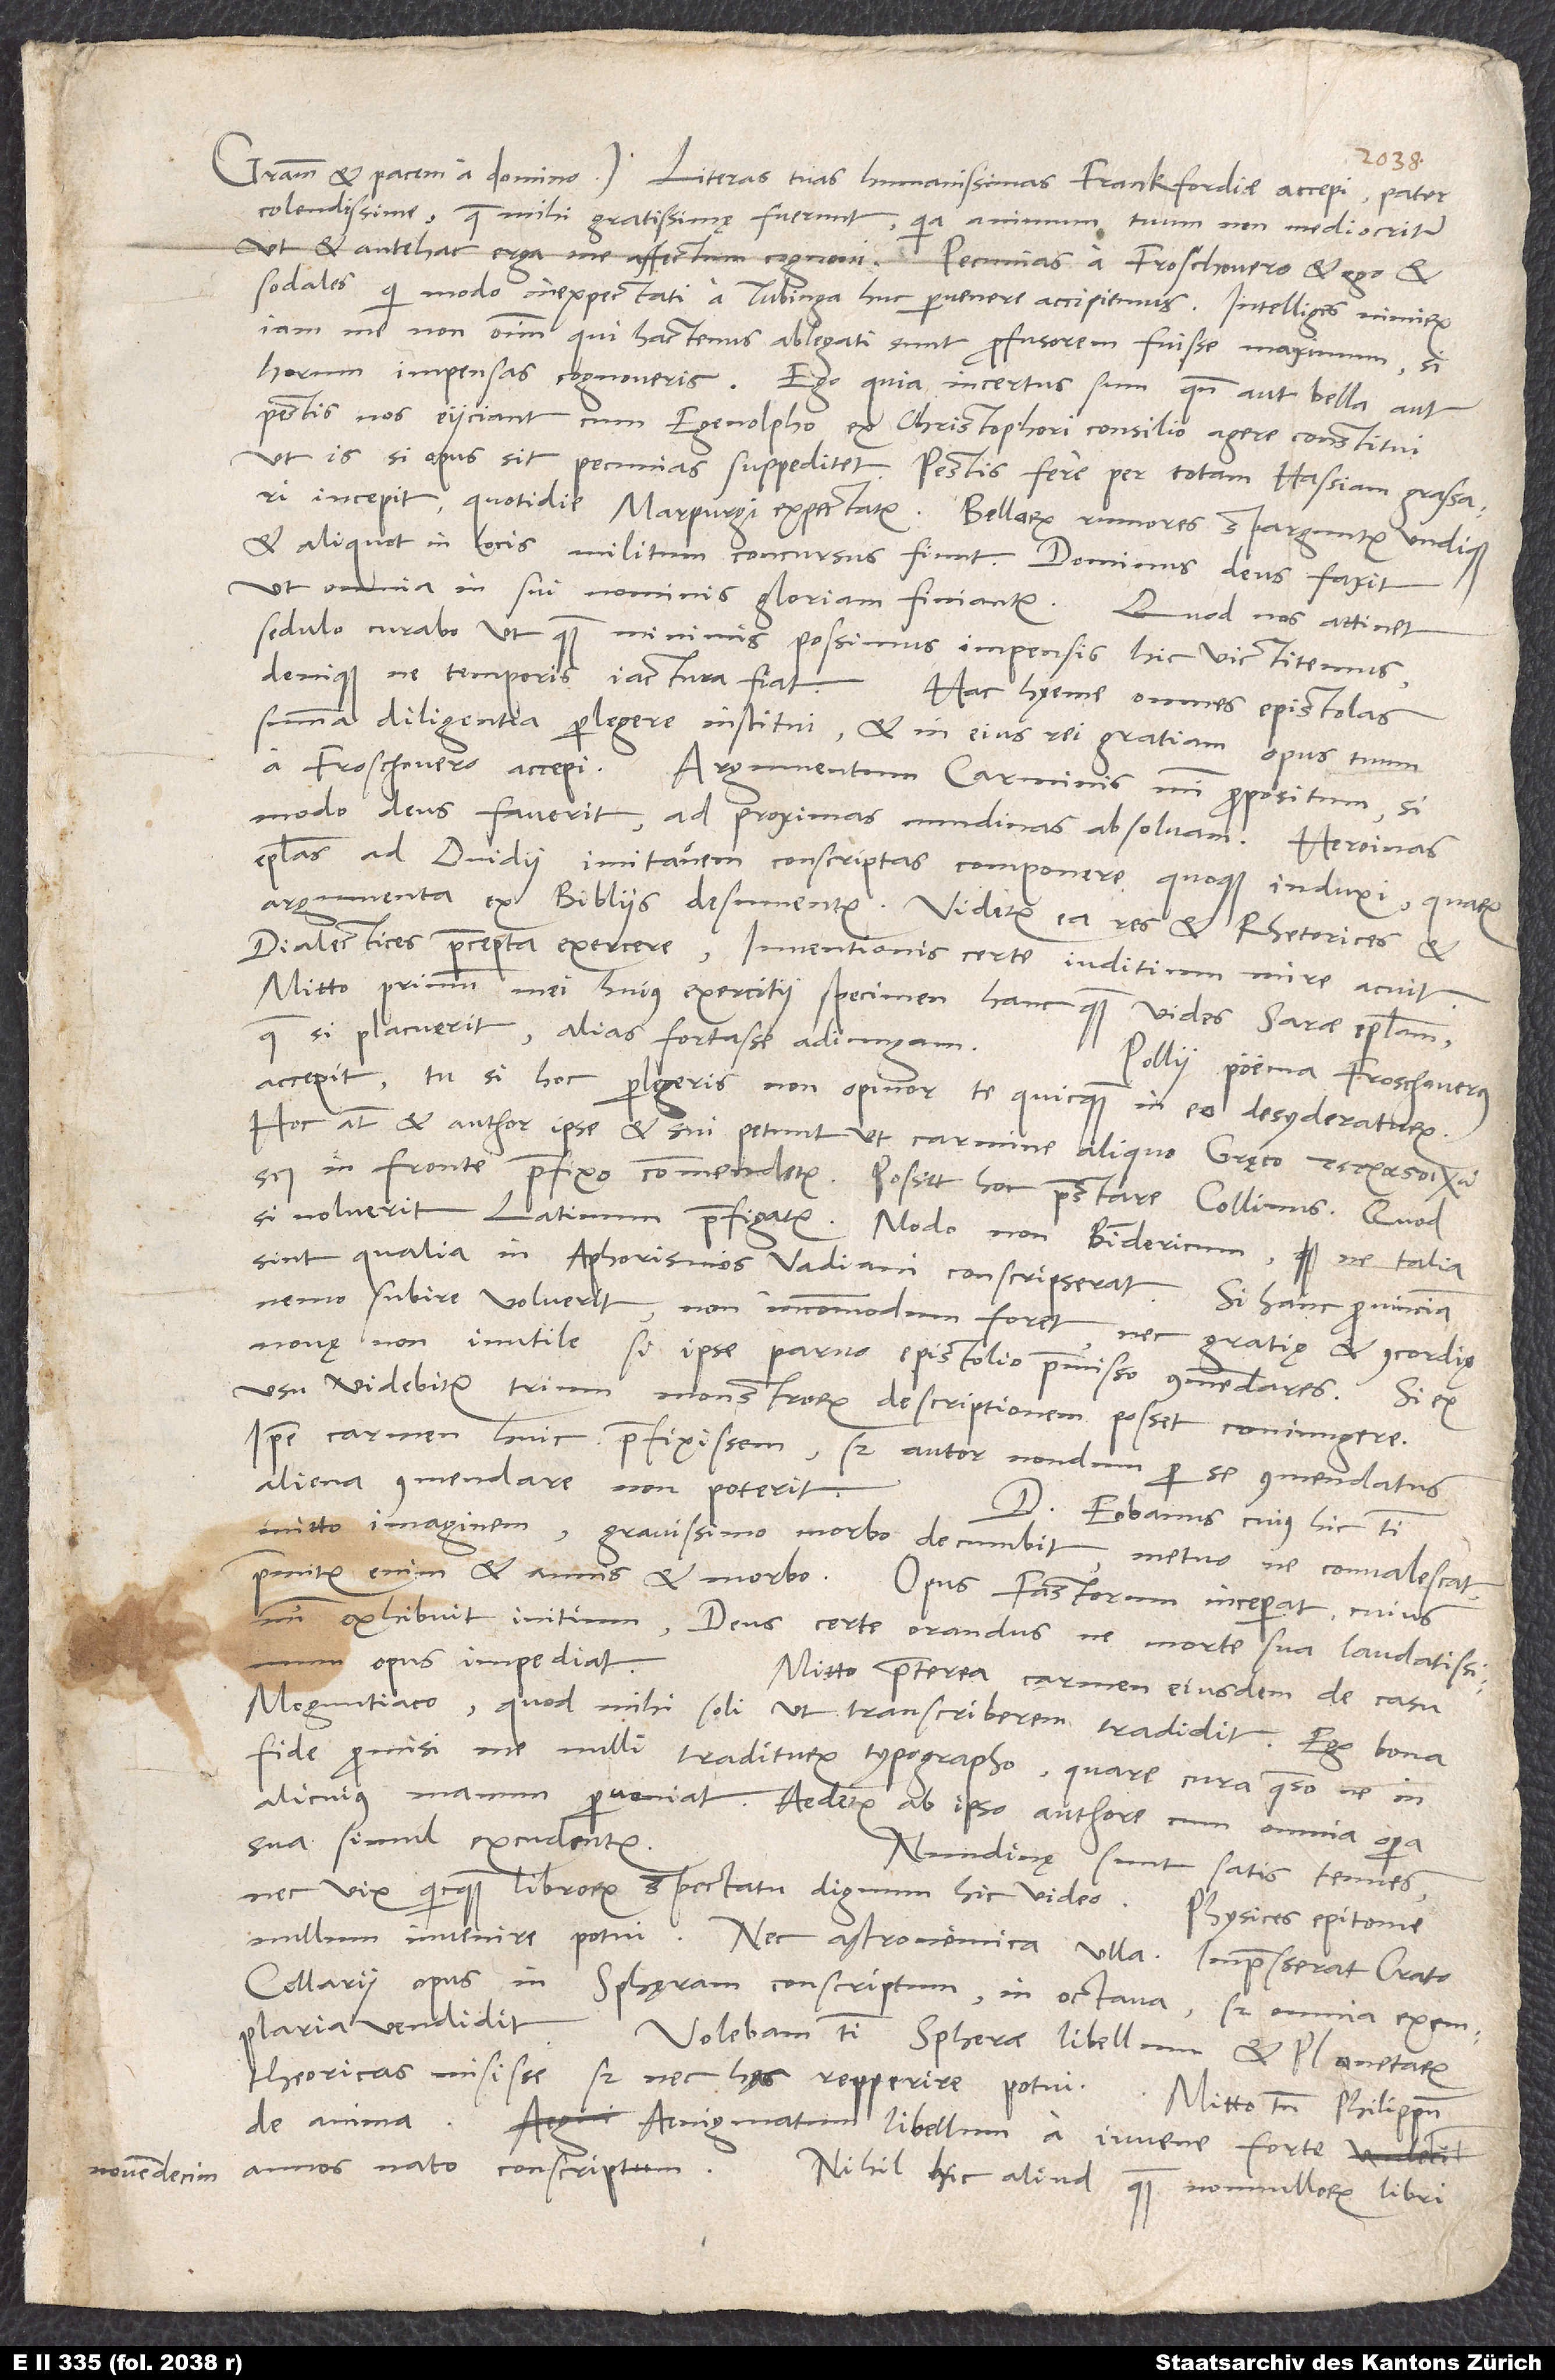
novemdecim

colendissime, quae mihi gratissimę fuerunt, quia animum tuum non mediocriter
ut et antehac erga me affectum cognovi. Pecunias a Froschouero et ego et
sodales, qui modo inexpectati a Tubinga huc pervenere, accipiemus. Intelliges nimirum
iam me non omnium, qui hactenus ablegati sunt, profusorem fuisse maximum, si
horum impensas cognoveris. Ego quia incertus sum, quando aut bella aut
pestis nos eiiciant, cum Egenolpho ex Christophori consilio agere constitui,
ut is, si opus sit, pecunias suppeditet. Pestis fere per totam Hassiam grassari
incepit; quotidie Marpurgi expectatur. Bellorum rumores sparguntur undique,
et aliquot in locis militum concursus fiunt. Dominus deus faxit,
ut omnia in sui nominis gloriam finiantur. Quod nos attinet,
sedulo curabo, ut quam minimis possimus impensis hic victitemus,
summa diligentia perlegere institui et in eius rei gratiam opus tuum
modo deus faverit, ad proximas nundinas absolvam. Heroinas
epistolas ad Ovidii imitationem conscriptas componere quoque induxi, quarum
dialectices praecepta exercere; inventionis certe iuditium mire acuit.
Mitto primum mei huius exercitii specimen hanc, quam vides, Sarae epistolam,
quae si placuerit, alias fortasse adiungam.
Pollii poema Froschouerus
accepit; tu si hoc perlegeris, non opinor te quicquam in eo desyderaturum.
Hoc autem et author ipse et sui petunt, ut carmine aliquo Gręco
si noluerit, Latinum praefigatur; modo non Bindericum, ne talia
sint, qualia in Aphorismos Vadiani conscripserat. Si hanc provinciam
nemo subire voluerit, non incommodum foret nec gratię et concordię
novę non inutile, si ipse parvo epistolio praemisso commendares.
usu videbitur, trium monstrorum descriptionem posset coniungere.
Ipse carmen huic praefixissem, sed autor nondum per se commendatus
aliena commendare non poterit.
D Eobanus, cuius hic tibi
mitto imaginem, gravissimo morbo decumbit. Metuo, ne convalescat;
premitur enim et annis et morbo. Opus Fastorum inceperat, cuius
exhibuit initium. Deus certe orandus, ne morte sua laudatissimum
opus impediat.
Mitto praeterea carmen eiusdem de casu
Moguntiaco, quod mihi soli, ut transcriberem, tradidit. Ego bona
fide promisi me nulli traditurum typographo; quare cura, quaeso, ne in
alicuius manum perveniat. Aedetur ab ipso authore, cum omnia opera
sua simul excudentur.
Nundinę sunt satis tenues,
nec vix quicquam librorum spectatu dignum hic video. Physices epitome
Cellarii opus in sphęram conscriptum in octava, sed omnia exemplaria
vendidit. Volebam tibi spherae libellum et planetarum
theoricas misisse, sed nec has repperire potui.
Mitto tamen Philippum
De anima, Aenigmatum libellum a iuvene forte
annos nato descriptum. Nihil hic aliud quam nonnullorum libri,